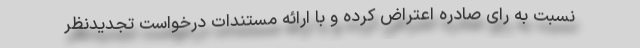
نسبت به رای صادره اعتراض کرده و با ارائه مستندات درخواست تجدیدنظر